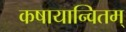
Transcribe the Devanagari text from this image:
कषायान्वितम्